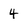
Character: 4